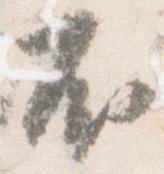
不